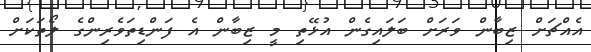
އެއްޗަށް ޒިބާން ވަރަށް ބަލައިގެން އުޅޭތި މީ ޒިބާން އެ ފަންޑިތަވެރިންގެ ލޯތަކަށް